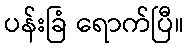
ပန်းခြံ ရောက်ပြီ။